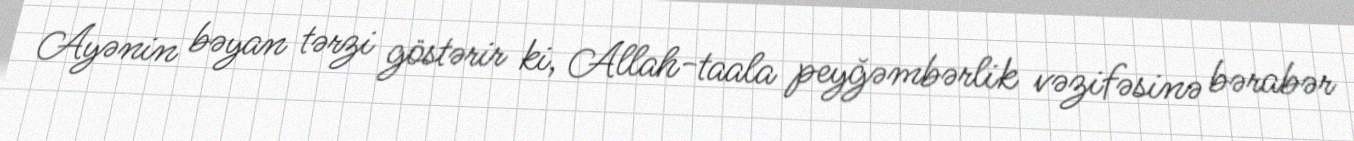
Ayənin bəyan tərzi göstərir ki, Allah-taala peyğəmbərlik vəzifəsinə bərabər